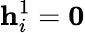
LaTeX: \mathbf{h}_{i}^{1}=\mathbf{0}